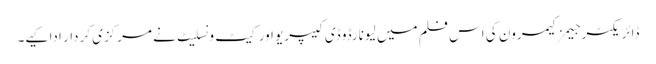
ڈائریکٹر جیمز کیمرون کی اس فلم میں لیونارڈو ڈی کیپریو اور کیٹ ونسلیٹ نے مرکزی کردار ادا کیے۔